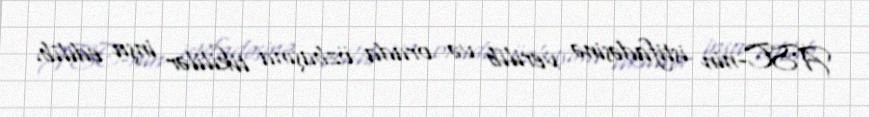
ASC-nin istifadəsinə verilib və orada özbaşına tikililər inşa edilib.